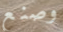
وصنع